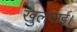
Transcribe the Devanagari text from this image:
खुलवाई।